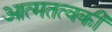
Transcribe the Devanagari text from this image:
आत्मतत्वकी